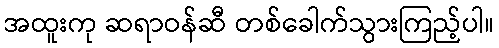
အထူးကု ဆရာဝန်ဆီ တစ်ခေါက်သွားကြည့်ပါ။